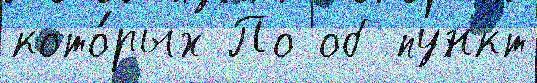
кото́рых По об пункт